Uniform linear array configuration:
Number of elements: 4
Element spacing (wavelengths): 0.25
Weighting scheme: uniform
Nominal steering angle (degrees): -15
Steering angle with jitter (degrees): -15.832
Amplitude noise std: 0.05
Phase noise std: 0.05

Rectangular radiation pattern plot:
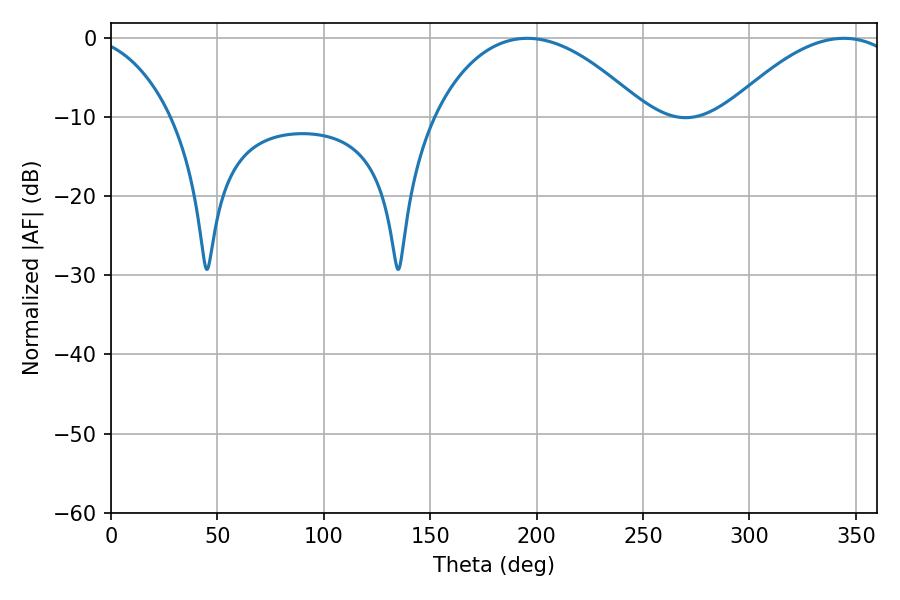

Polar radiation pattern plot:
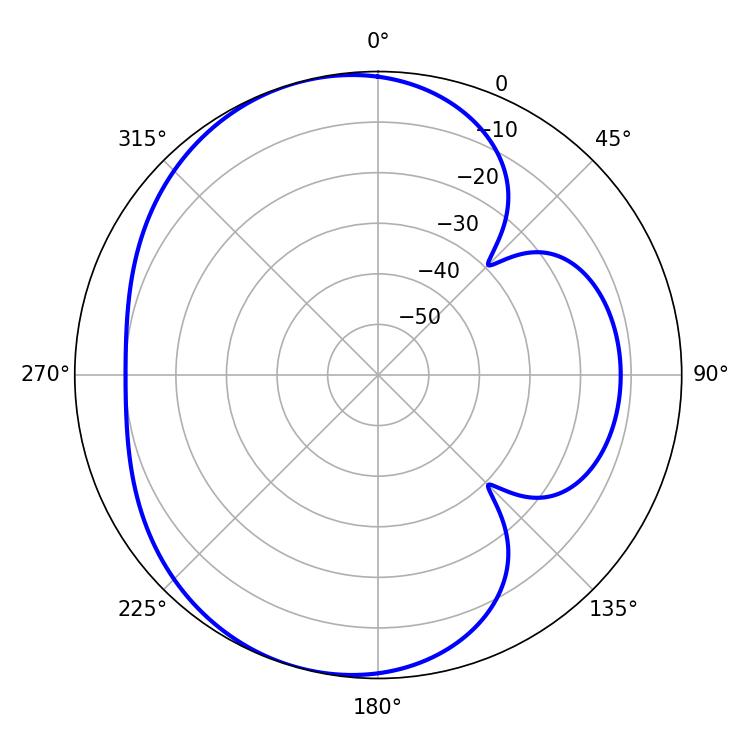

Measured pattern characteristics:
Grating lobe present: FALSE
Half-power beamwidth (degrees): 55.8
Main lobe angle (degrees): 195.66